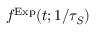
f ^ { \mathrm { E x p } } ( t ; 1 / \tau _ { S } )